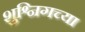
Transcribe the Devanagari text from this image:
शुश्निगच्या